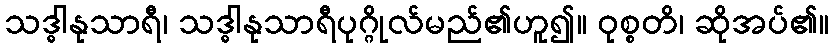
သဒ္ဓါနုသာရီ၊ သဒ္ဓါနုသာရီပုဂ္ဂိုလ်မည်၏ဟူ၍။ ဝုစ္စတိ၊ ဆိုအပ်၏။